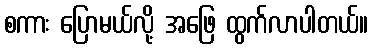
စကား ပြောမယ်လို့ အဖြေ ထွက်လာပါတယ်။